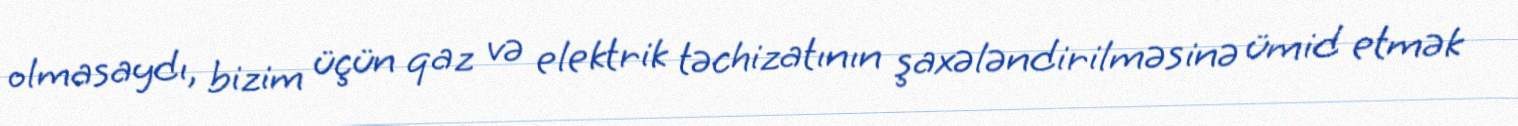
olmasaydı, bizim üçün qaz və elektrik təchizatının şaxələndirilməsinə ümid etmək